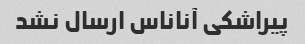
پیراشکی آناناس ارسال نشد